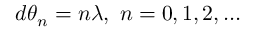
~ d \theta _ { n } = n \lambda , ~ n = 0 , 1 , 2 , \ldots